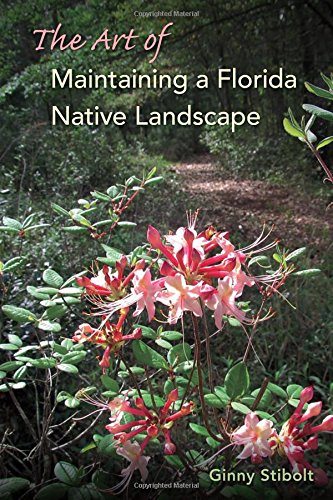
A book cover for The Art of Maintaining a Florida Native Landscape; Ginny Stibolt; Crafts, Hobbies & Home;